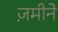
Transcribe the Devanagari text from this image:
ज़मीने